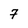
Character: 7